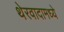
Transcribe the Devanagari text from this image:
थेरवादामध्ये